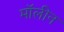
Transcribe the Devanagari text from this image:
मॉलीन